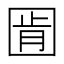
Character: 𭍧